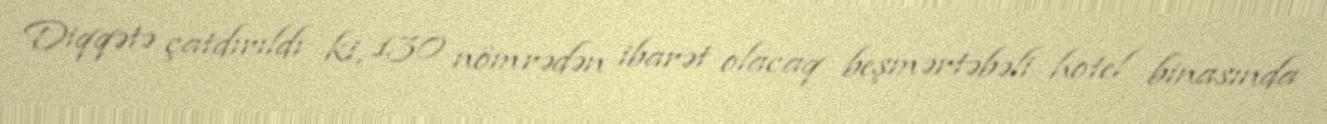
Diqqətə çatdırıldı ki, 130 nömrədən ibarət olacaq beşmərtəbəli hotel binasında